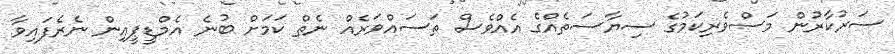
ސަރުކާރުން މަސްވެރިކަމުގެ ސިޔާސަތެއްގެ އެއްވެސް ތަސައްވަރެއް ނެތް ކަމަށް ބުނެ އެމްޑީޕީއިން ނެރެފައިވާ